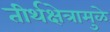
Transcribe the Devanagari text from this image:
तीर्थक्षेत्रामुळे